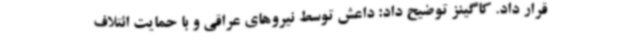
قرار داد. کاگینز توضیح داد: داعش توسط نیروهای عراقی و با حمایت ائتلاف